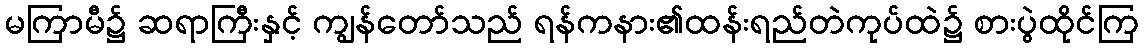
မကြာမီ၌ ဆရာကြီးနှင့် ကျွန်တော်သည် ရန်ကနား၏ထန်းရည်တဲကုပ်ထဲ၌ စားပွဲထိုင်ကြ